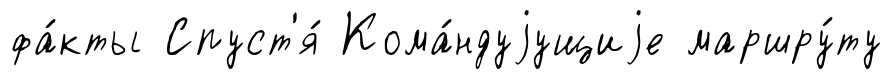
фа́кты Спуст'я́ Кома́ндуjущиjе маршру́ту